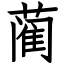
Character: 蔺